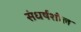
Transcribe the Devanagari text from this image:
संधर्षशील